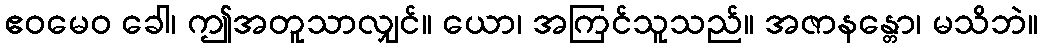
ဧဝမေဝ ခေါ၊ ဤအတူသာလျှင်။ ယော၊ အကြင်သူသည်။ အဇာနန္တော၊ မသိဘဲ။